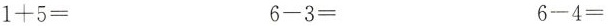
$$1 + 5 = $$ $$ 6 - 3 = $$ $$6 - 4 = $$